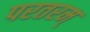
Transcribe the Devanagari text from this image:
परतरम्